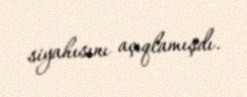
siyahısını açıqlamışdı.